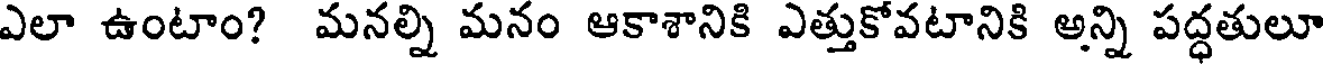
ఎలా ఉంటాం? మనల్ని మనం ఆకాశానికి ఎత్తుకోవటానికి అన్ని పద్ధతులూ